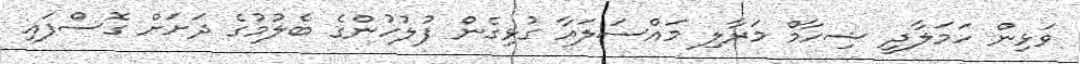
ވަޅިން ހަމަލާދީ ޝިހާމް މަރާލި މައްސަލައާ ގުޅިގެން ފުލުހުންގެ ބެލުމުގެ ދަށަށް ގޮސްފައި